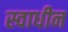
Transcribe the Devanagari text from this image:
स्‍वाधीन